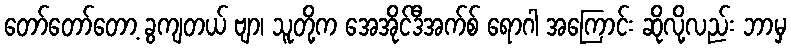
တော်တော်တော့ ခွကျတယ် ဗျာ၊ သူတို့က အေအိုင်ဒီအက်စ် ရောဂါ အကြောင်း ဆိုလို့လည်း ဘာမှ